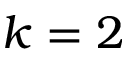
k = 2